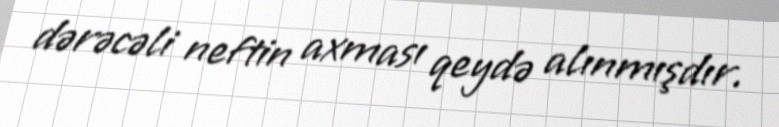
dərəcəli neftin axması qeydə alınmışdır.